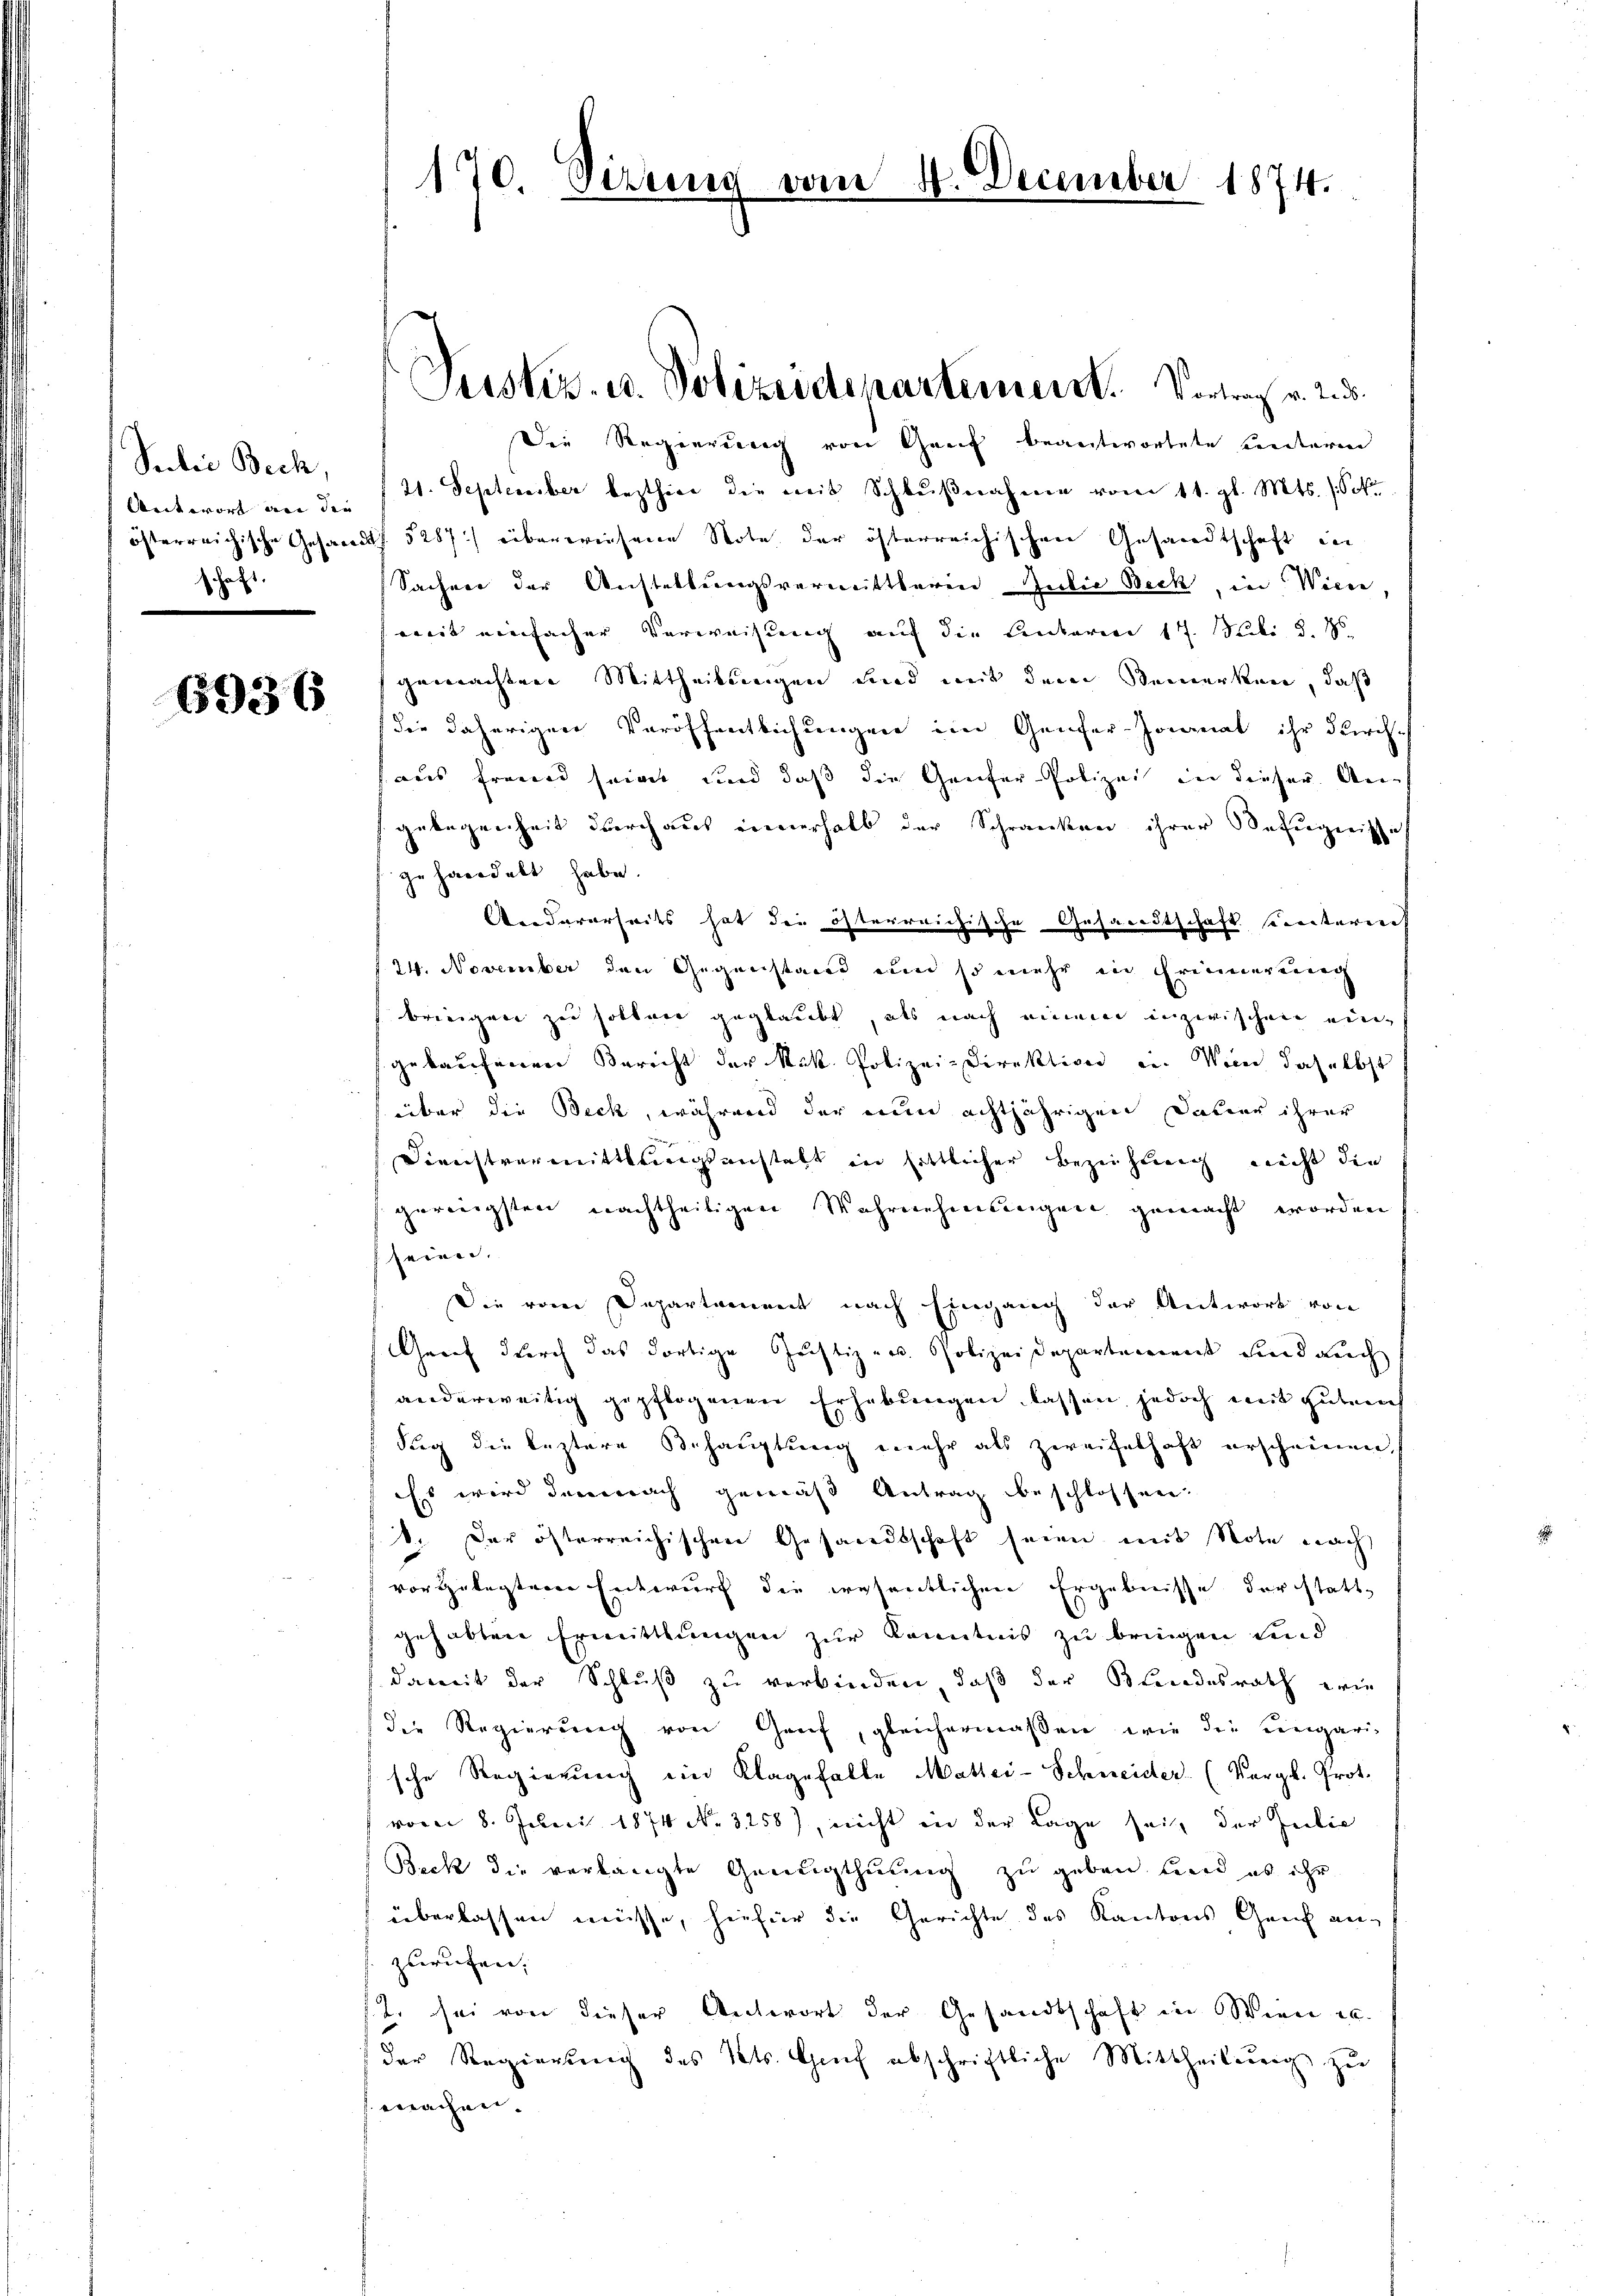
Seclie Beck,
Antwort an die
schaft.

6936

170. Sirun

Justiz- u. Polizeidepartement. Vortrag v. 2. ds.

4. December 1874.

Die Regierung von Genf beantwortete Centeren
21. September lezthier die weit Schlŭβnahme vom 11. gl. Mts. (Sok.
österreichische Gesandts 5287) überwiesene Note der österreichischen Gesandtschaft in
Sachen der Anstellungsvermittleren Julie Beck, in Wiene,
mit einfacher Verweisung auf die Lentarien 17. Mai d. Js
gemachten Mittheilungen und mit dem Bemerken, daß
die daherigen Veröffentlichungen im Genfer-Joanat ihr durchaus freund seinet und daß die Genfer-Polizei in dieser An
gelegenheit durchaus innerhalb der Schranken ihrer Befugnisse
zu handelt habe.
Andererseits hat die österreichische Gesandtschaft sunterlich
124. November den Gegenstand um so mehr in Erinnereng
bringen zu sollen geglaubt, als nach einem inzwischen eingelaufenen Bericht der Rek. Polizei-Direktion in Wien daselbst
über die Beck, während der nun achtjährigen Datier ihrer
Dienstvermittlungsanstalt in sittlicher Beziehung nicht die
geringsten nachtheiligen Wahrnehmungen gemacht worden
seinen.
Die vom Departement nach Eingang der Antwort von
Graf durch das dortige Justiz- u. Polizeidepartement und auch
anderweitig gepflogenen Erhebungen lassen, jedoch weit guten
dig die leztere Behauptung mehr als zweifelhaft erscheinen,
Es wird demnach gemäß Antrag beschlossen.
1. Der österreichischen Gesandtschaft seien mit Note nach
vorgelegten Entwurf die wesentlichen Ergebnisse der stattgehabten Ermittlungen zur Kenntnis zu bringen und
damit der Schluß zu verbinden, daß der Blindesrath wie
(die Regierung von Genf, gleichermaßen, wie die Eingari-
sche Regierung ein Klagefalle Mattei-Schneider. (Vergl. Prot.
vom 8. Feber 1874 No. 3258), nicht in der Lage sei, der Zeilic
Beck die verlangte Genugthuung zu geben wird es ihr
überlassen müsse, hiefür die Gerichte des Kantons Genf anzurufen. |
f 2. sei von dieser Antwort der Gesandtschaft in Wien er
der Regierung des Kts. Genf abschriftliche Mittheilung zu
machen